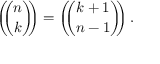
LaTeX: \left( \! \! { \binom { n } { k } } \! \! \right) = \left( \! \! { \binom { k + 1 } { n - 1 } } \! \! \right) .